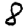
Digit: 8